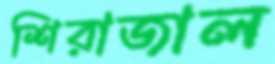
শিরাজাল